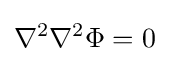
\nabla ^{2}\nabla ^{2}\Phi =0